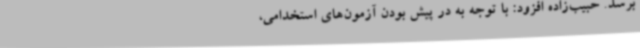
برسد. حبیب‌زاده افزود: با توجه به در پیش بودن آزمون‌های استخدامی،